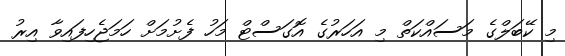
މި ކޭބަލްގެ މަސައްކަތް މި އަހަރުގެ އޮގަސްޓް މަހު ފެށުމަށް ހަމަޖެހިފައިވާ އިރު